Leaving Certificate Examination (including Day School Certificate (Higher) General paper), 1938
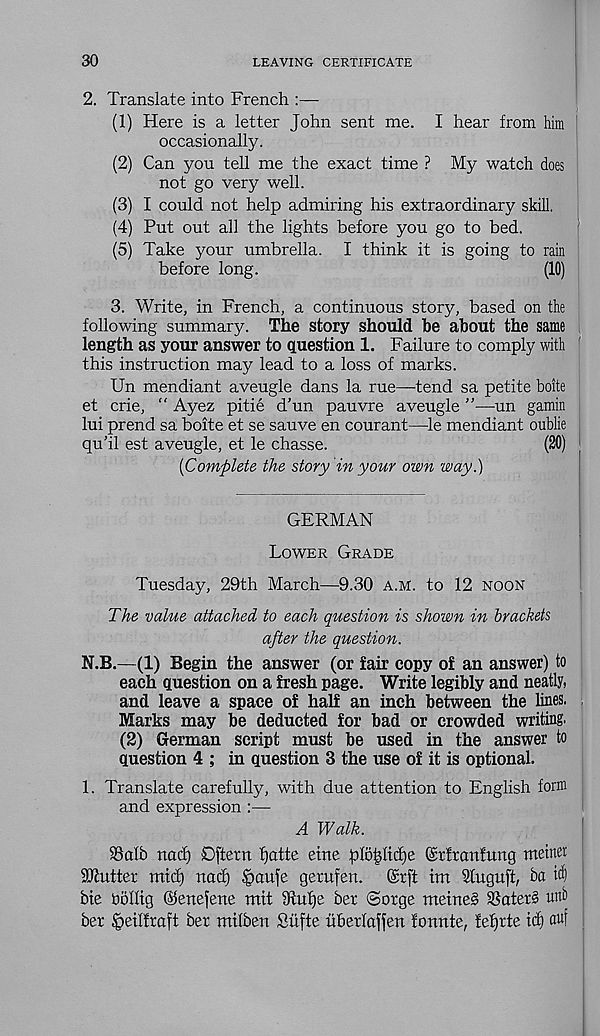
30
LEAVING CERTIFICATE
2. Translate into French :—-
(1) Here is a letter John sent me. I hear from him
occasionally.
(2) Can you tell me the exact time ? My watch does
not go very well.
(3) I could not help admiring his extraordinary skill.
(4) Put out all the lights before you go to bed.
(5) Take your umbrella. I think it is going to rain
before long.
(10)
3. Write, in French, a continuous story, based on the
following summary. The story should be about the same
length as your answer to question 1. Failure to comply with
this instruction may lead to a loss of marks.
Un mendiant aveugle dans la rue—tend sa petite boite
et crie, " Ayez pitie d’un pauvre aveugle ”—un gamin
lui prend sa boite et se sauve en courant—le mendiant oublie
qu’il est aveugle, et le chasse.
(20)
[Complete the story in your own way.)
GERMAN
Lower Grade
Tuesday, 29th March—9.30 a.m. to 12 noon
The value attached to each question is shown in brackets
after the question.
N.B.—(1) Begin the answer (or fair copy of an answer) to
each question on a fresh page. Write legibly and neatly,
and leave a space of half an inch between the lines.
Marks may be deducted for bad or crowded writing.
(2) German script must be used in the answer to
question 4 ; in question 3 the use of it is optional.
1. Translate carefully, with due attention to English form
and expression :—
A Walk.
SSctlb nod) Dftern fjotte eine plofdidje ©rfranfung metnet
SOtutter mid) nad) §aufe gerufen.
@rft im SCuguft, ba id)
bie bolltg @ene)ene mit dtulje ber ©orge meirtes $8ater§ unb
ber ipeilfraft ber milben Suite uberlaflen fonnte, fefjrte id) nuf